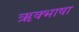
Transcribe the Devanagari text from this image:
ऋक्भाषा